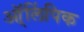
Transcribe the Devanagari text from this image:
ऑ्लिंपिक